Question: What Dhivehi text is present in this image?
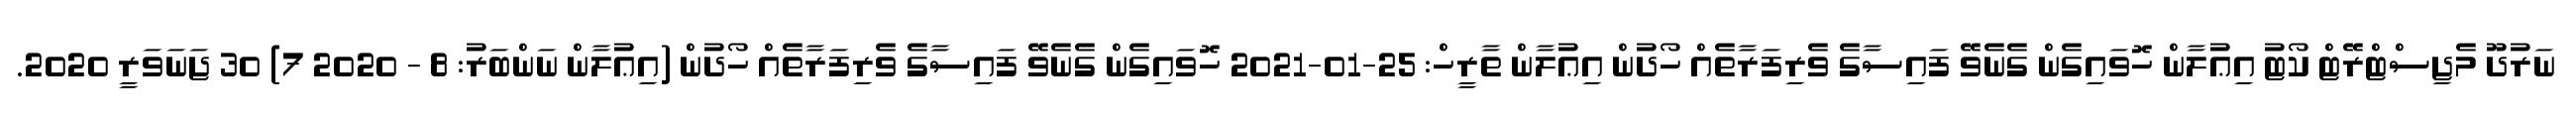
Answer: ނަރުދޫ މެޖިސްޓްރޭޓް ކޯޓު އިޢުލާން ހޮވައިގެން ގެނެވޭ ފައިސާގެ ވެރިފަރާތެއް ހޯދުން އިޢުލާން ތާރީހް: 25-01-2021 ހޮވައިގެން ގެނެވޭ ފައިސާގެ ވެރިފަރާތެއް ހޯދުން (އިޢުލާން ނަންބަރު: 8 - 2020 7) 30 ޖަނަވަރީ 2020.